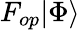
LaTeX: F_{op}|\Phi\rangle